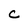
Character: C